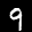
Label: 9